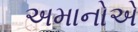
અમાનોએ